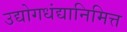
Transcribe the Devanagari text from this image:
उद्योगधंद्यानिमित्त